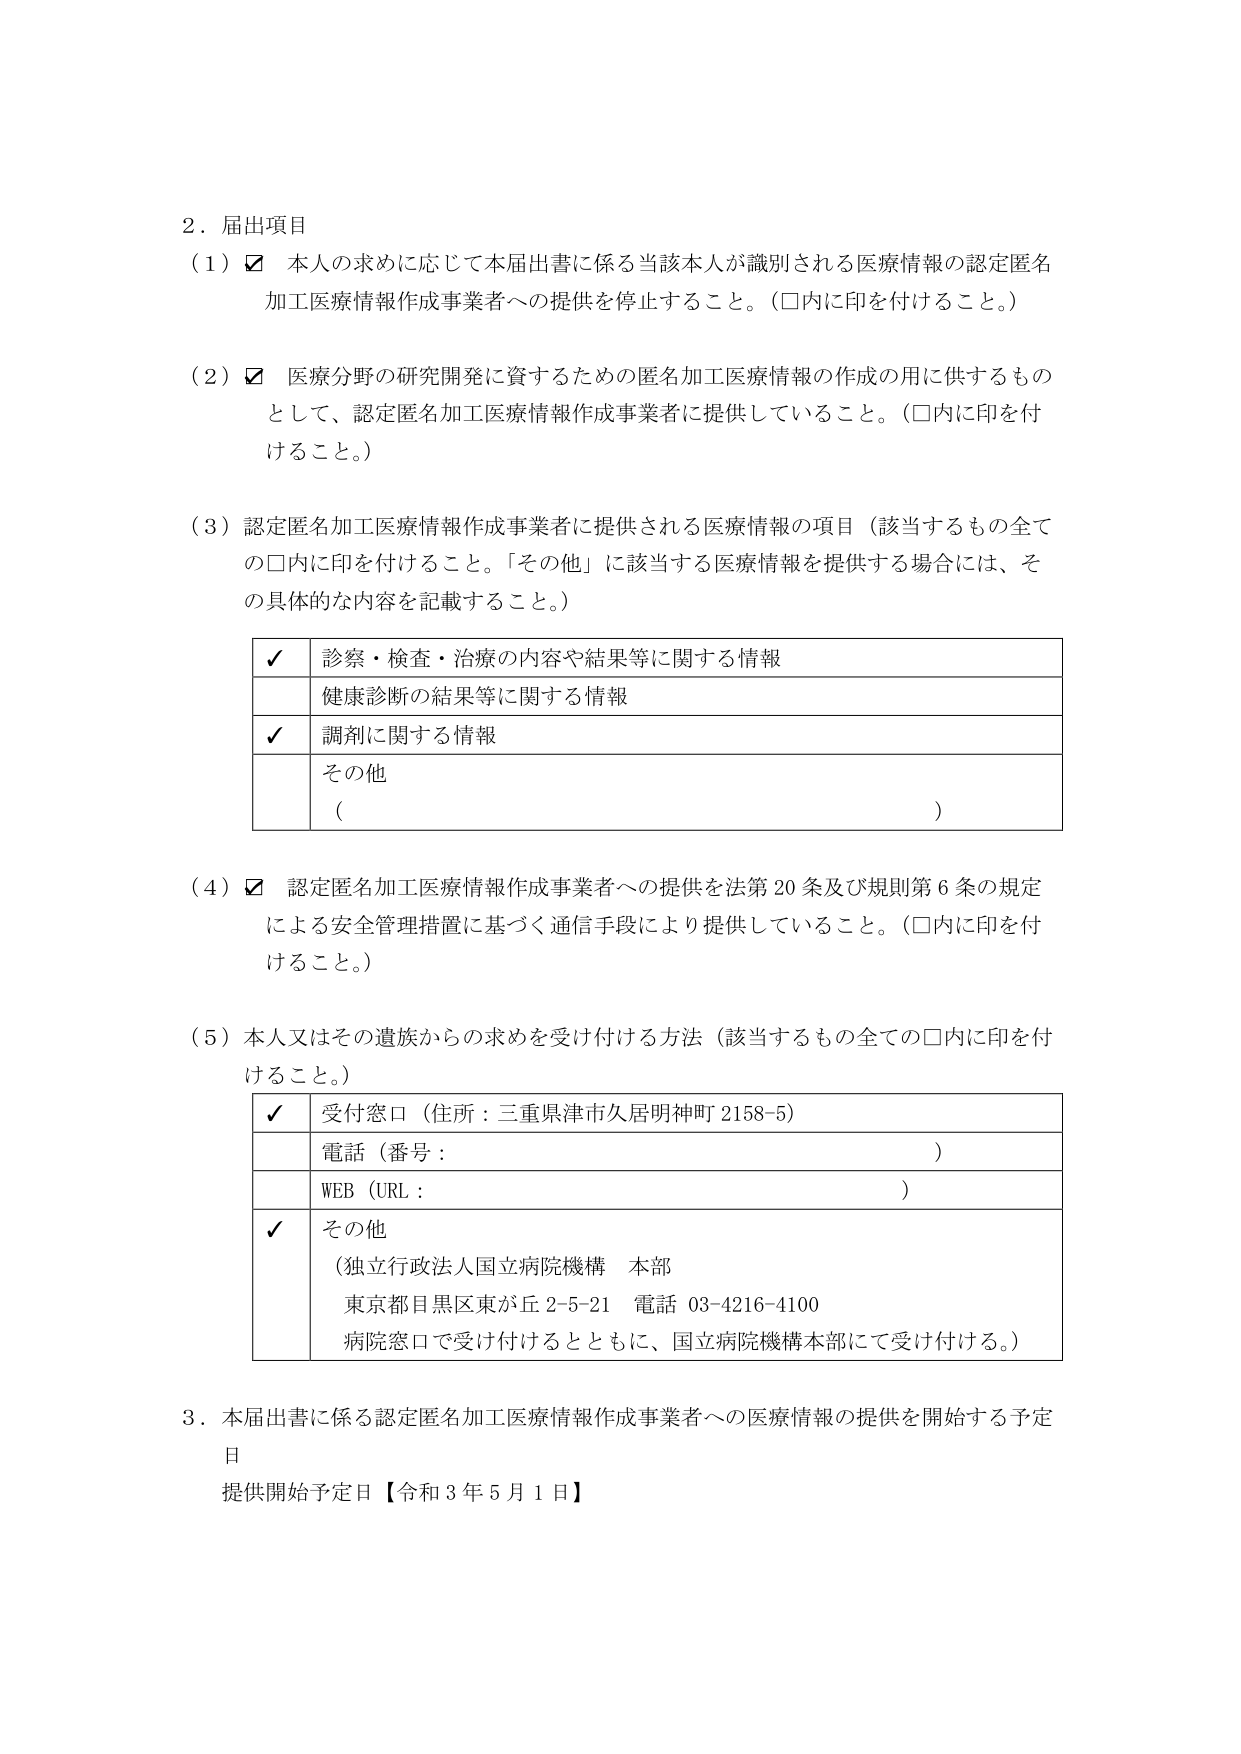
2．届出項目
（1）☑ 本人の求めに応じて本届出書に係る当該本人が識別される医療情報の認定匿名加工医療情報作成事業者への提供を停止すること。（□内に印を付けること。）

（2）☑ 医療分野の研究開発に資するための匿名加工医療情報の作成の用に供するものとして、認定匿名加工医療情報作成事業者に提供していること。（□内に印を付けること。）

（3）認定匿名加工医療情報作成事業者に提供される医療情報の項目（該当するもの全ての□内に印を付けること。「その他」に該当する医療情報を提供する場合には、その具体的な内容を記載すること。）

✓ 診察・検査・治療の内容や結果等に関する情報
　 健康診断の結果等に関する情報
✓ 調剤に関する情報
　 その他
　 （